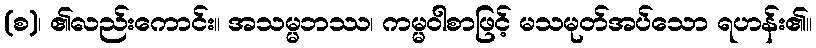
(စ)၊ ၏လည်းကောင်း။ အသမ္မဘဿ၊ ကမ္မဝါစာဖြင့် မသမုတ်အပ်သော ရဟန်း၏။